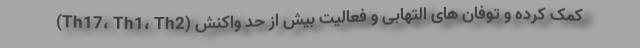
(Th17، Th1، Th2) کمک کرده و توفان های التهابی و فعالیت بیش از حد واکنش